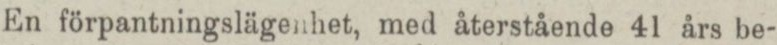
En förpantningslägenhet, med återstående 41 års be-